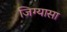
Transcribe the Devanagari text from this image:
जिग्यासा